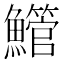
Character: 䲘